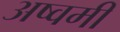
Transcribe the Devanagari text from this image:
अष्वमी